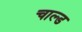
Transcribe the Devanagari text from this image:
चाल्ड